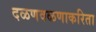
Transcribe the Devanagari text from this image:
दळणवळणाकरिता